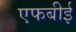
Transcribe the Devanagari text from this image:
एफबीई